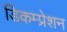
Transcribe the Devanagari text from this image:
डिकम्प्रेशन